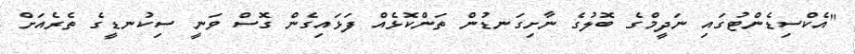
"އެކްސިޑެންޓުގައި ނަދީމްގެ ބޮލުގެ ނާށިގަނޑުން ތަންކޮޅެއް ފަޅައިގެން ގޮސް ވަނީ ސިކުނޑީގެ ތެރެއަށް